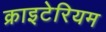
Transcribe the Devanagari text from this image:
क्राइटेरियम